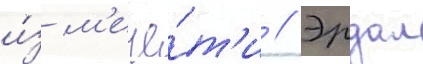
и́з м'ече́т'и // Эрдал